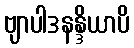
ဗျာပါဒနန္ဒိယာပိ